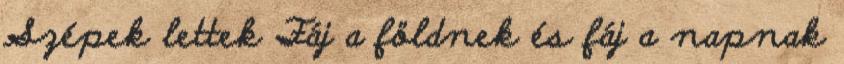
Szépek lettek Fáj a földnek és fáj a napnak